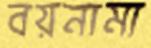
বয়নামা